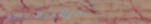
UnderNewMgmt